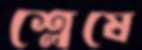
শ্লেষে